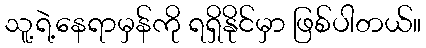
သူ့ရဲ့နေရာမှန်ကို ရရှိနိုင်မှာ ဖြစ်ပါတယ်။